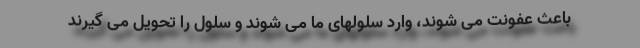
باعث عفونت می شوند، وارد سلولهای ما می شوند و سلول را تحویل می گیرند